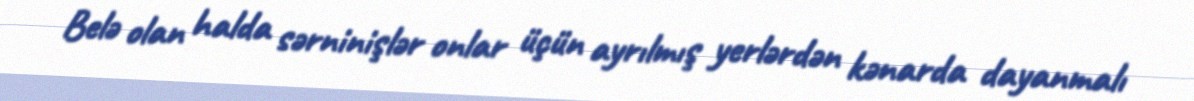
Belə olan halda sərninişlər onlar üçün ayrılmış yerlərdən kənarda dayanmalı